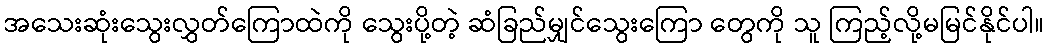
အသေးဆုံးသွေးလွှတ်ကြောထဲကို သွေးပို့တဲ့ ဆံခြည်မျှင်သွေးကြော တွေကို သူ ကြည့်လို့မမြင်နိုင်ပါ။